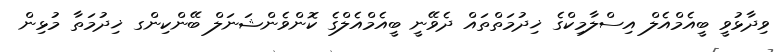
ވިދާޅުވީ ބީއެމްއެލް އިސްލާމިކްގެ ޚިދުމަތްތައް ދެވޭނީ ބީއެމްއެލްގެ ކޮންވެންޝަނަލް ބޭންކިންގ ޚިދުމަތާ މުޅިން